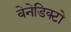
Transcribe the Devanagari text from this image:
बेनेडिक्टो